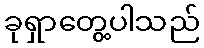
ခုရှာတွေ့ပါသည်